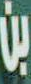
بن